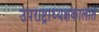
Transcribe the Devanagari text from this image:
उपराष्ट्राध्यक्षकालात